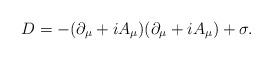
LaTeX: \begin{align*}D=-(\partial_\mu+iA_\mu)(\partial_\mu + iA_\mu)+\sigma.\end{align*}